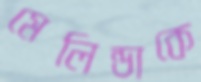
মেলিন্ডাকে